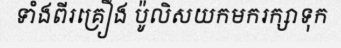
ទាំងពីរគ្រឿង ប៉ូលិសយកមករក្សាទុក